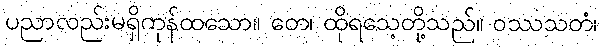
ပညာလည်းမရှိကုန်ထသော။ တေ၊ ထိုရသေ့တို့သည်။ ဝဿသတံ၊